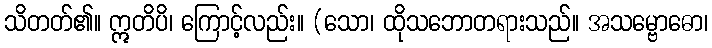
သိတတ်၏။ ဣတိပိ၊ ကြောင့်လည်း။ (သော၊ ထိုသဘောတရားသည်။ အသမ္ဗောဓော၊